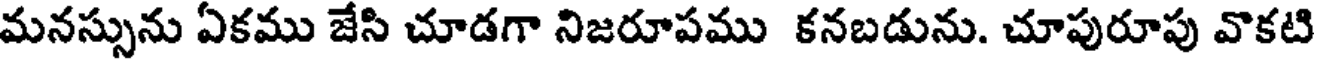
మనస్సును ఏకము జేసి చూడగా నిజరూపము కనబడును. చూపురూపు వొకటి